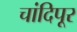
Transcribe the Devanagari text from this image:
चांदिपूर